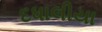
દધાલીયા